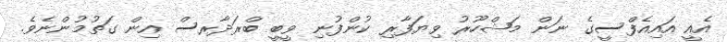
އެއީ އައިއެފްސީގެ ނަން މަޝްހޫރު ވިޔަފާރި ކުންފުނި ވީބީ ބްރަދާރސް އިން ގަތުމުންނެވެ.